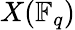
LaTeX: X(\mathbb{F}_{q})